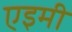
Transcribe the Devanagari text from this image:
एइमी